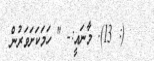
(: 13). މާނައީ:- " ހަމަކަށަވަރުން